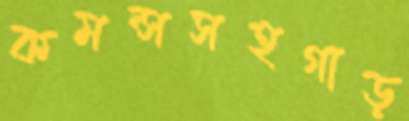
কমন্সসহগাড়